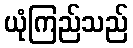
ယုံကြည်သည်